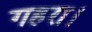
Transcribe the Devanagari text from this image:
गहरा।